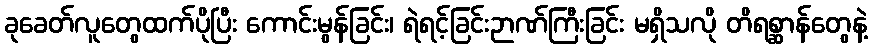
ခုခေတ်လူတွေထက်ပိုပြီး ကောင်းမွန်ခြင်း၊ ရဲရင့်ခြင်းဉာဏ်ကြီးခြင်း မရှိသလို တိရစ္ဆာန်တွေနဲ့